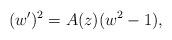
LaTeX: \begin{align*} (w')^2=A(z)(w^2-1), \end{align*}